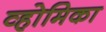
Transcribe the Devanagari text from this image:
व्होमिका